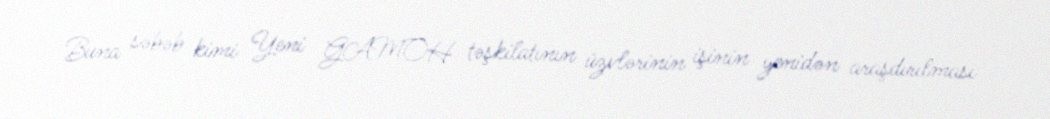
Buna səbəb kimi Yeni GAMOH təşkilatının üzvlərinin işinin yenidən araşdırılması